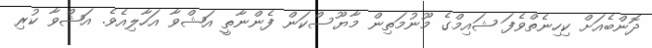
ދޮންބެއަށް ކިހިނެތްވެފަ ޝައިމްގެ މޫނުމަތިން މާޔޫސްކަން ފެންނާތީ އަޝްވާ އަހާލިއެވެ. އަޝްވާ ކުރި